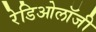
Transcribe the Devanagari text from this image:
रेडिओलॉजी